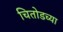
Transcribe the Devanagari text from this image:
चितोडच्या